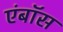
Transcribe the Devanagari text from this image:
एंबॉस